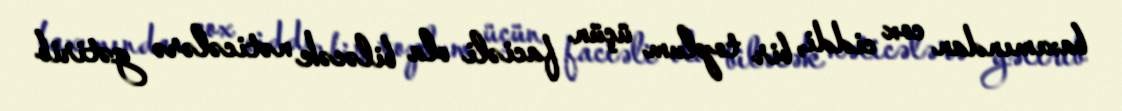
baxımından cox ciddi, bir toplum üçün faciəli ola biləcək nəticələrə gətirib